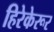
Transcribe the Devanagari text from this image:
हिरेकेरूर